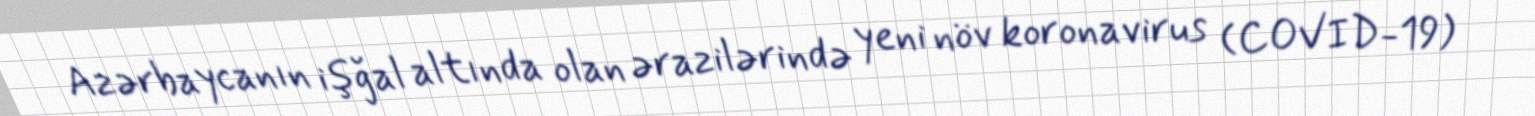
Azərbaycanın işğal altında olan ərazilərində yeni növ koronavirus (COVID-19)